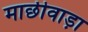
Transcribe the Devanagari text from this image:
माछीवाड़ा